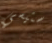
ستيسي